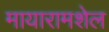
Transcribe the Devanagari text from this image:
मायारामशेल